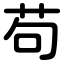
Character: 苟